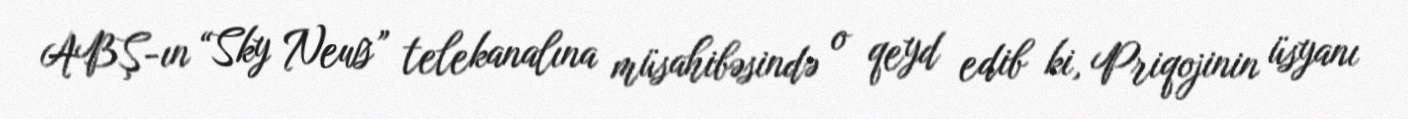
ABŞ-ın “Sky News” telekanalına müsahibəsində o qeyd edib ki, Priqojinin üsyanı